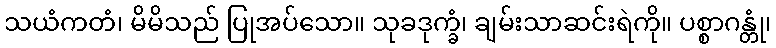
သယံကတံ၊ မိမိသည် ပြုအပ်သော။ သုခဒုက္ခံ၊ ချမ်းသာဆင်းရဲကို။ ပစ္စာဂန္တုံ၊